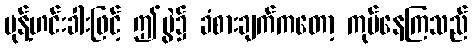
မုန့်ဟင်းခါးဖြင့် ဤပွဲ၌ ခံစားချက်ကတော့ ကုပ်နေကြသည်